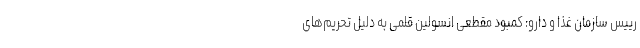
رییس سازمان غذا و دارو: کمبود مقطعی انسولین قلمی به دلیل تحریم‌های